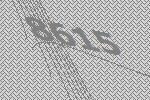
8615